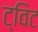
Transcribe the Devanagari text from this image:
ट्‌विट